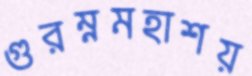
গুরম্নমহাশয়